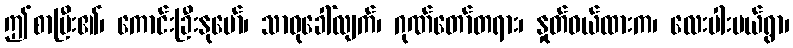
ဤစာပြီး၏၊ ကောင်းခြီးနုမော်၊ သာဓုခေါ်လျက်၊ ဂုဏ်တော်တရား၊ နှုတ်ဝယ်ထားက၊ လေးပါးပယ်ရွာ၊